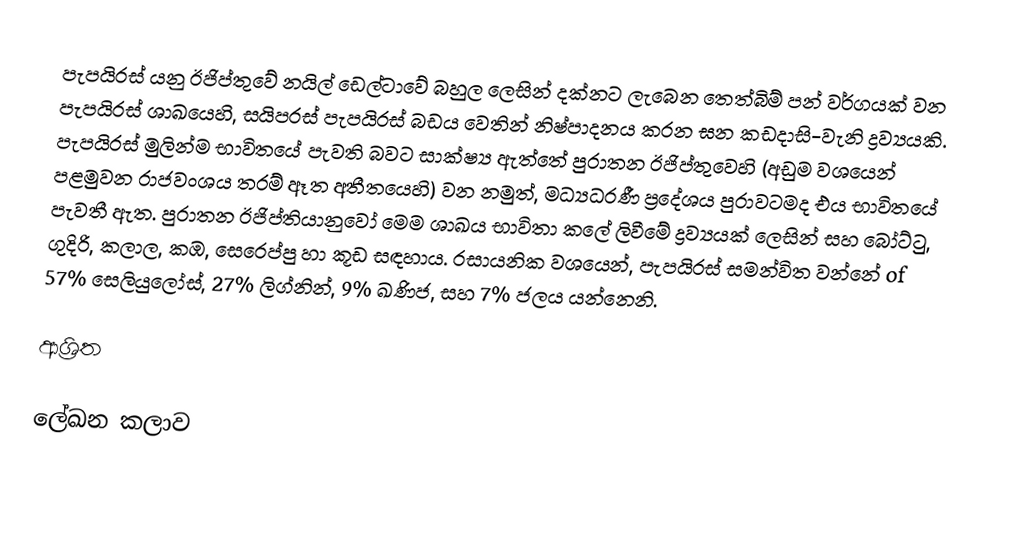
පැපයිරස් යනු ඊජිප්තුවේ නයිල් ඩෙල්ටාවේ බහුල ලෙසින් දක්නට ලැබෙන තෙත්බිම් පන් වර්ගයක් වන පැපයිරස් ශාඛයෙහි, සයිපරස් පැපයිරස්    බඩය වෙතින්  නිෂ්පාදනය කරන ඝන  කඩදාසි-වැනි ද්‍රව්‍යයකි. පැපයිරස් මුලින්ම භාවිතයේ පැවති බවට සාක්ෂ්‍ය ඇත්තේ පුරාතන ඊජිප්තුවෙහි (අඩුම වශයෙන් පළමුවන රාජවංශය තරම් ඈත අතීතයෙහි) වන නමුත්, මධ්‍යධරණී ප්‍රදේශය පුරාවටමද එය භාවිතයේ පැවතී ඇත. පුරාතන ඊජිප්තියානුවෝ මෙම ශාඛය භාවිතා කලේ ලිවීමේ ද්‍රව්‍යයක් ලෙසින් සහ බෝට්ටු, ගුදිරි, කලාල, කඹ, සෙරෙප්පු හා කූඩ සඳහාය. රසායනික වශයෙන්, පැපයිරස් සමන්විත වන්නේ of 57% සෙලියුලෝස්, 27% ලිග්නින්, 9% ඛණිජ, සහ 7% ජලය යන්නෙනි.

ආශ්‍රිත

ලේඛන කලාව